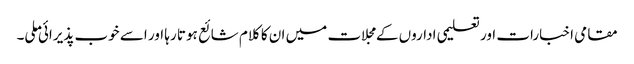
مقامی اخبارات اور تعلیمی اداروں کے مجلات میں ان کا کلام شائع ہوتا رہا اور اسے خوب پذیرائی ملی۔